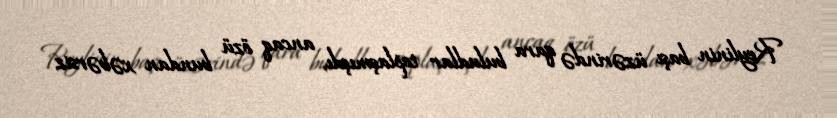
Reylinin başı üzərində qara buludlar toplaşmışdı, ancaq özü bundan xəbərsiz